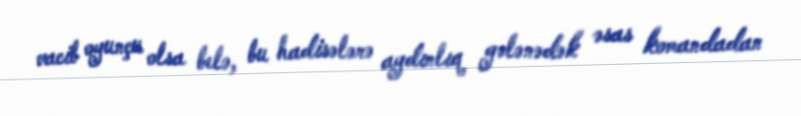
vacib oyunçu olsa belə, bu hadisələrə aydınlıq gələnədək əsas komandadan